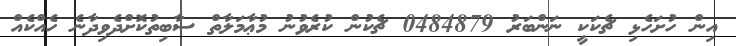
އިން ހުށަހެޅި ޗެކަކީ ނަންބަރު 0484879 ޗެކުން ކުރެވުނު މުޢާމަލާތް ސާބިތުކޮށްދެވިދާނެ ހެއްކެއް